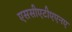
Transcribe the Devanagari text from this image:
एससीएटीएएनए